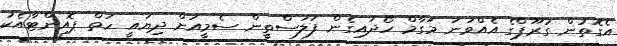
އެގޮތުން ގުރޫޕްގެ އެއްވަނަ މަގާމް ހޯދައިގެން ފަލަސްތީން ސެމީއަށް ދިޔައީ ހަތް ޕޮއިންޓާއެކު